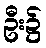
ဦး၌